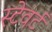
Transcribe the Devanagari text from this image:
स्टेवर्ट